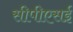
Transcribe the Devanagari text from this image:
सीपीएसई